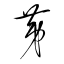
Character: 茅